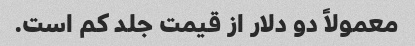
معمولاً دو دلار از قیمت جلد کم است.